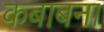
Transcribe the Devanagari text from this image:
कबाबना